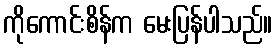
ကိုကောင်းစိန်က မေးပြန်ပါသည်။